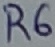
Text: R6